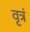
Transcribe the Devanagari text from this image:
वृत्रं